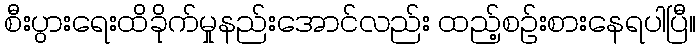
စီးပွားရေးထိခိုက်မှုနည်းအောင်လည်း ထည့်စဉ်းစားနေရပါပြီ။